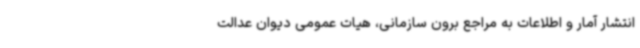
انتشار آمار و اطلاعات به مراجع برون سازمانی، هیات عمومی دیوان عدالت